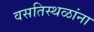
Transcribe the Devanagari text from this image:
वसतिस्थळांना